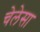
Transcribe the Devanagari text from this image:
चेलेसा